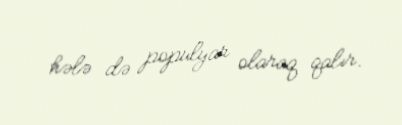
hələ də populyar olaraq qalır.